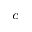
^ { c }